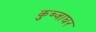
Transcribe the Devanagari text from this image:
कुब्जाघर